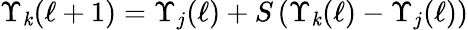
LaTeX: \Upsilon_{\mathit{k}}(\ell+1)=\Upsilon_{j}(\ell)+S\left(\Upsilon_{\mathit{k}}(\ell)-\Upsilon_{j}(\ell)\right)